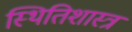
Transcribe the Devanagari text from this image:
स्थितिशास्त्र